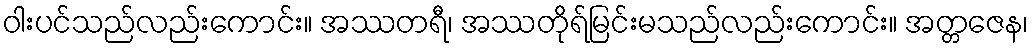
ဝါးပင်သည်လည်းကောင်း။ အဿတရီ၊ အဿတိုရ်မြင်းမသည်လည်းကောင်း။ အတ္တဇေန၊